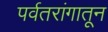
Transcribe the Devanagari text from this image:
पर्वतरांगातून